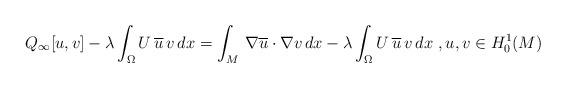
LaTeX: \begin{align*} Q_\infty[u, v] -\lambda \int_\Omega U\, \overline{u}\, v\, dx = \int_{M}\, \nabla \overline{ u} \cdot\nabla v\, dx- \lambda \int_\Omega U\, \overline{u}\, v\, dx\ , u,v\in H^1_0(M)\end{align*}